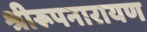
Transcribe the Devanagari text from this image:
श्रीरूपनारायण